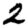
Digit: 2